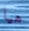
هيا